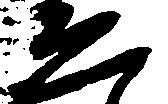
ゑ